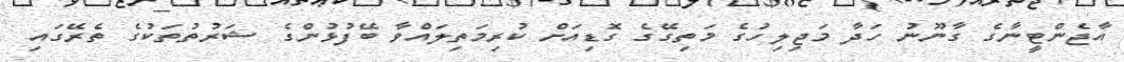
އާޖެންޓީނާގެ ގާނޫނު ހަދާ މަޖިލިހުގެ މަތިގޭގެ ގޮޑިއަށް ކުރިމަތިލައްވާ ބޭފުޅުންގެ ޝަރުތުތަކުގެ ތެރޭގައި